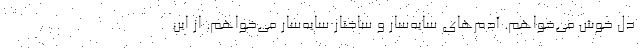
دل خوش می‌خواهم. آدم‌های سایه‌سار و ساختار سایه‌سار می‌خواهم. از این